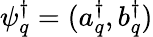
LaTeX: \psi_{q}^{\dagger}=(a_{q}^{\dagger},b_{q}^{\dagger})